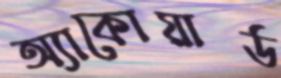
অ্যাকোয়ার্ড